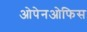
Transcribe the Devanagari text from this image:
ओपेनओफिस